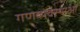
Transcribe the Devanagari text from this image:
गणव्यवस्थाओं